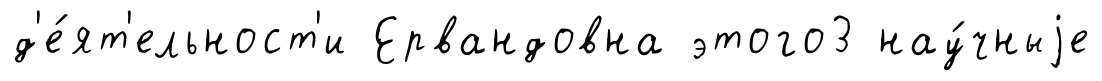
д'е́ят'ельност'и Ервандовна этого3 нау́чныjе